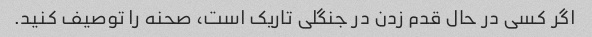
اگر کسی در حال قدم زدن در جنگلی تاریک است، صحنه را توصیف کنید.